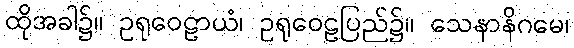
ထိုအခါ၌။ ဥရုဝေဠာယံ၊ ဥရုဝေဠပြည်၌။ သေနာနိဂမေ၊